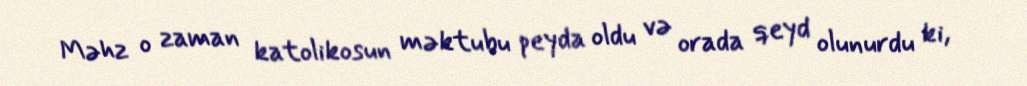
Məhz o zaman katolikosun məktubu peyda oldu və orada qeyd olunurdu ki,